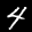
Label: 4